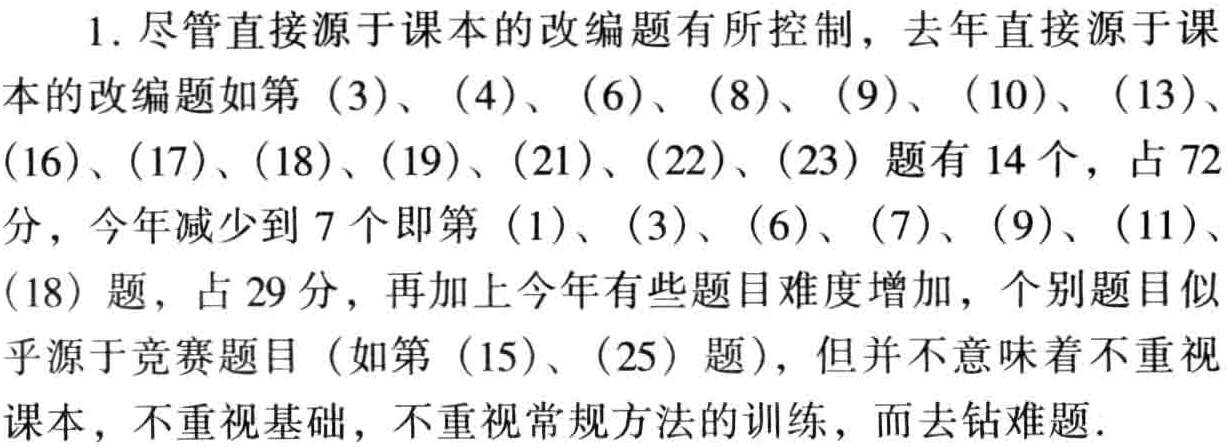
1. 尽管直接源于课本的改编题有所控制，去年直接源于课本的改编题如第（3）、（4）、（6）、（8）、（9）、（10）、（13）、（16）、（17）、（18）、（19）、（21）、（22）、（23）题有14个，占72分，今年减少到7个即第（1）、（3）、（6）、（7）、（9）、（11）、（18）题，占29分，再加上今年有些题目难度增加，个别题目似乎源于竞赛题目（如第（15）、（25）题），但并不意味着不重视课本，不重视基础，不重视常规方法的训练，而去钻难题.